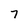
Character: 7